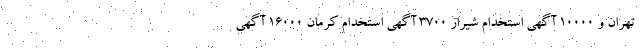
تهران و 10000 آگهی استخدام شیراز 3700 آگهی استخدام کرمان 16000 آگهی